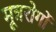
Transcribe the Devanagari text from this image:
मूत्ररोगों